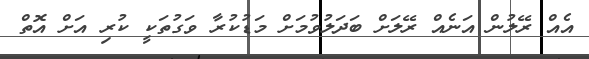
އެއް ރޭލުން އަނެއް ރޭލަށް ބަދަލުވުމަށް މަޑުކުރާ ވަގުތަކީ ކުރި އަށް އޮތް